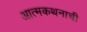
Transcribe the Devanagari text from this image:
आत्मकथनाची